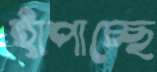
হাঁপাচ্ছে